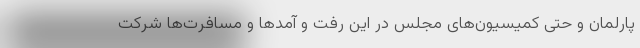
پارلمان و حتی کمیسیون‌های مجلس در این رفت و آمدها و مسافرت‌ها شرکت